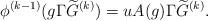
LaTeX: \begin{align*} \phi^{(k-1)}(g\Gamma\widetilde G^{(k)})=uA(g)\Gamma\widetilde G^{(k)}. \end{align*}